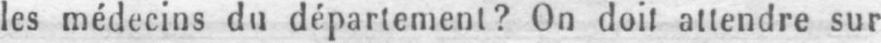
les médecins du département? On doit attendre sur